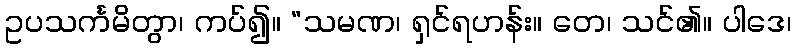
ဥပသင်္ကမိတွာ၊ ကပ်၍။ “သမဏ၊ ရှင်ရဟန်း။ တေ၊ သင်၏။ ပါဒေ၊